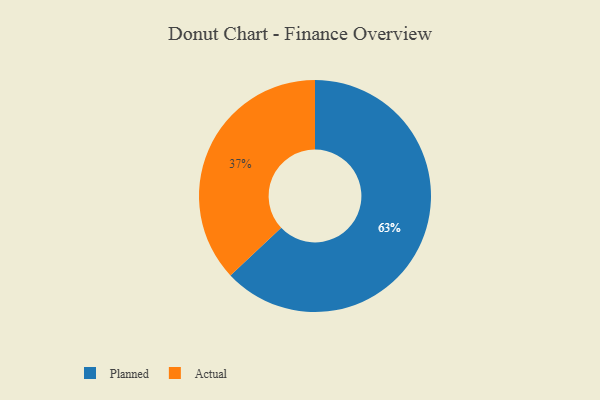
{"axis": {"x": "Category", "y": "Percentage"}, "legend": ["Actual", "Planned"], "data": [{"x": "Actual", "y": 37, "type": "Actual"}, {"x": "Planned", "y": 63, "type": "Planned"}]}